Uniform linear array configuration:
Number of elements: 16
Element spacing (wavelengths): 0.25
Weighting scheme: hamming
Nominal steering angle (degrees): -30
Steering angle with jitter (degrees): -31.445
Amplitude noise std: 0.05
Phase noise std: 0.05

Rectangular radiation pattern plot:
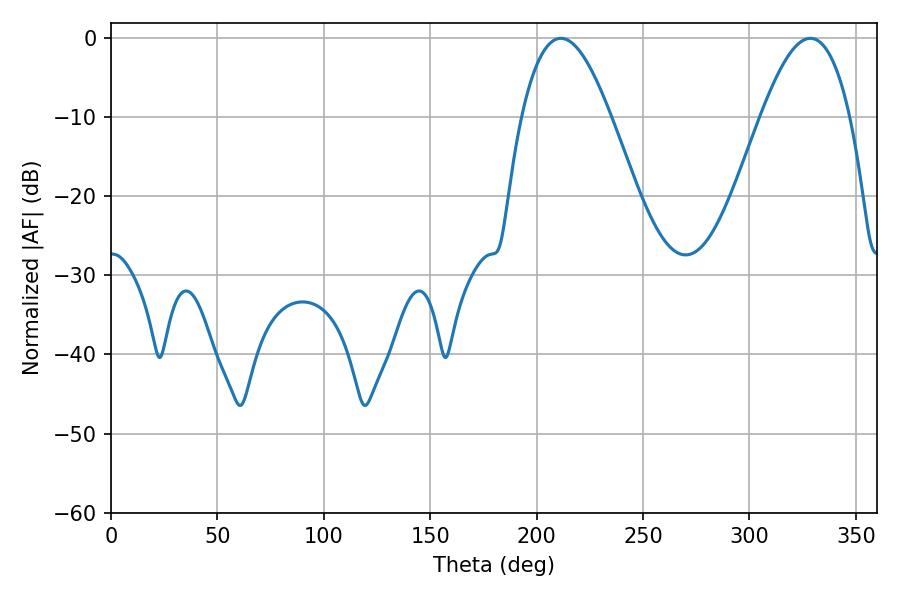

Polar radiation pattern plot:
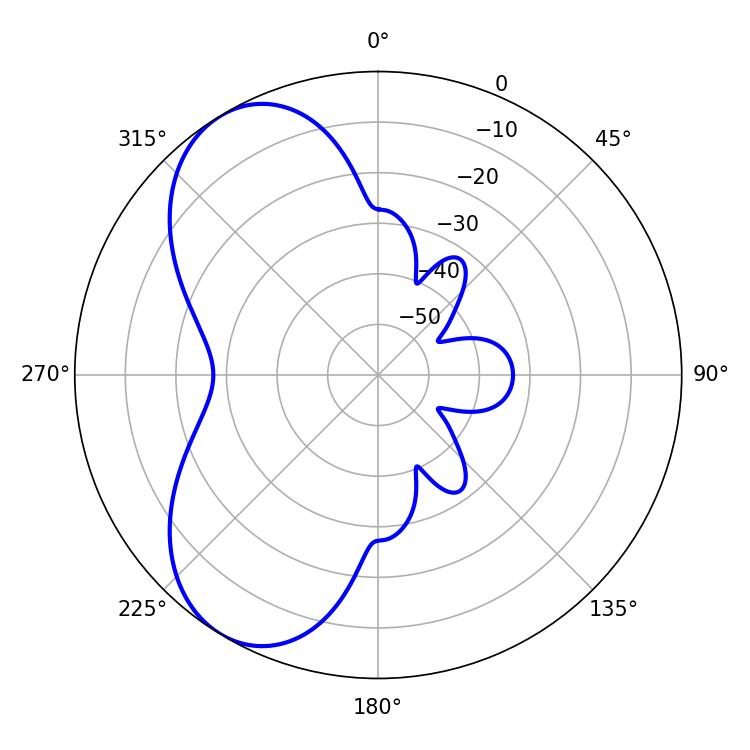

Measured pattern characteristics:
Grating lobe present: FALSE
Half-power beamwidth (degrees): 22.86
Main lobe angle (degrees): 211.32